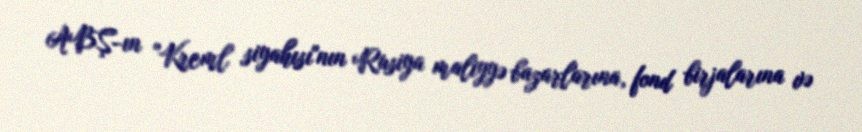
ABŞ-ın "Kreml siyahısı"nın Rusiya maliyyə bazarlarına, fond birjalarına və